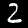
Digit: 2